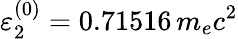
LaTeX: \varepsilon_{2}^{(0)}=0.71516\, m_{e}c^{2}